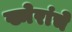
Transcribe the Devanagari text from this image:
ख्मेरांचे